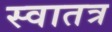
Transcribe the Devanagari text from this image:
स्वातत्र